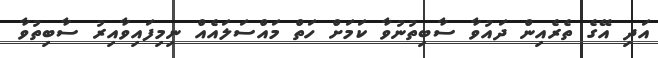
އަދި އޭގެ ތެރެއިން ދައުވާ ސާބިތުނުވާ ކަމަށް ހަތް މައްސަލައެއް ނިމިފައިވާއިރު ސާބިތުވާ